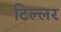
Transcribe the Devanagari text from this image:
टिल्लर